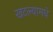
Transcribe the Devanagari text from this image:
खटल्यामधे